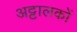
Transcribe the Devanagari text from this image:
अट्टालकों